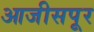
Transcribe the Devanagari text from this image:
आजीसपूर